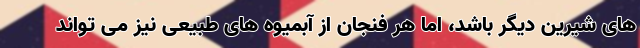
های شیرین دیگر باشد، اما هر فنجان از آبمیوه های طبیعی نیز می تواند